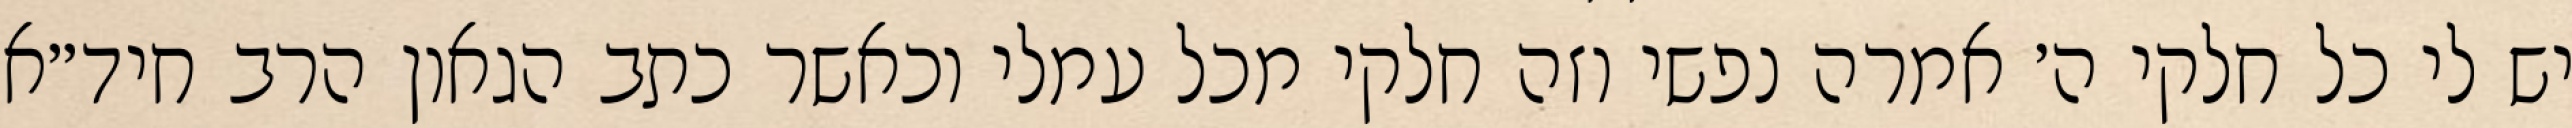
יש לי כל חלקי ה׳ אמרה נפשי וזה חלקי מכל עמלי וכאשר כתב הגאון הרב חיד״א